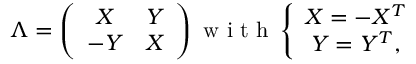
\Lambda = \left( \begin{array} { c c } { { X } } & { { Y } } \\ { { - Y } } & { { X } } \end{array} \right) \textrm { w i t h } \left\{ \begin{array} { c } { { X = - X ^ { T } } } \\ { { Y = Y ^ { T } , } } \end{array} \right.